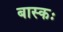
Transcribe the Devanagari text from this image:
बास्कः